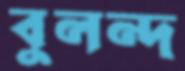
বুলন্দ